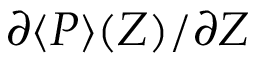
{ \partial \langle P \rangle ( Z ) } / { \partial Z }